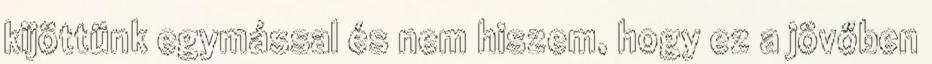
kijöttünk egymással és nem hiszem, hogy ez a jövőben